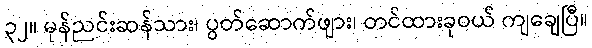
၃၂။ မုန်ညင်းဆန်သား၊ ပွတ်ဆောက်ဖျား၊ တင်ထားခုဝယ် ကျချေပြီ။